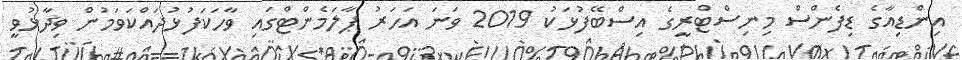
އިންޑިއާގެ ޑިފެންސް މިނިސްޓްރީގެ އިސްބޭފުޅަކު 2019 ވަނަ އަހަރު ޕާލަމެންޓްގައި ވާހަކަފުޅުދައްކަވަމުން ވިދާޅުވީ